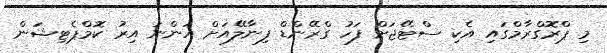
މި ޕްރޮގްރާމްގައި އެކި ސްޓޭޖަށް ފަހު ގްރޭންޑް ފިނާލޭއަށް އަންނަ އިރު ކޮމްޕެޓިޝަން